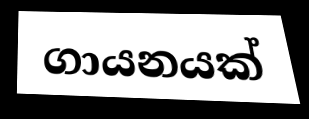
ගායනයක්